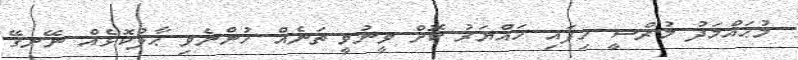
މުޙައްމަދު މުރްސީ ހިފައި ހައްޔަރު ކޮށް ވީނުވީ ތަނެއް ހުންނެވި ޙާލުކޮޅެއް ނޭނގޭ